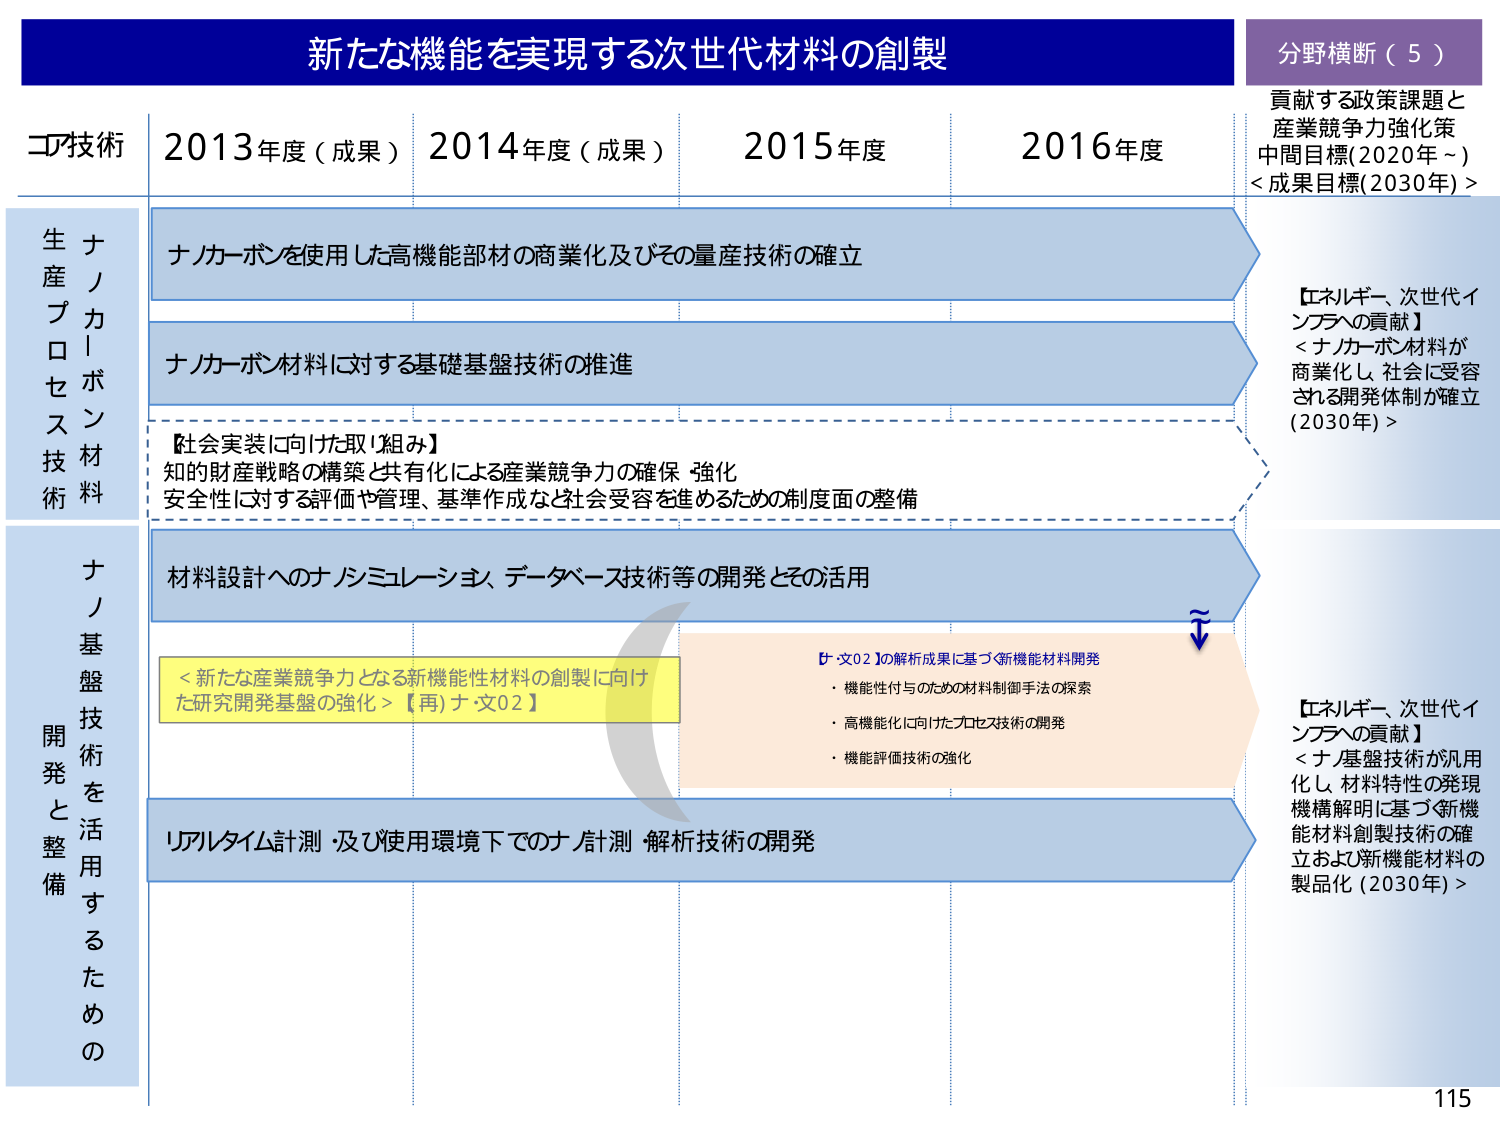
新たな機能を実現する次世代材料の創製

分野横断（5）
貢献する政策課題と
産業競争力強化策
中間目標(2020年～)
<成果目標(2030年)>

コア技術
2013年度（成果） 2014年度（成果） 2015年度 2016年度

生産プロセス技術
ナノカーボン材料
ナノカーボンを使用した高機能部材の商業化及びその量産技術の確立
ナノカーボン材料に対する基礎基盤技術の推進
【社会実装に向けた取り組み】
知的財産戦略の構築と共有化による産業競争力の確保・強化
安全性に対する評価や管理、基準作成など社会受容を進めるための制度面の整備

【エネルギー、次世代インフラへの貢献】
<ナノカーボン材料が商業化し、社会に受容される開発体制が確立(2030年)>

ナノ基盤技術を活用するための
開発と整備
材料設計へのナノシミュレーション、データベース技術等の開発とその活用
<新たな産業競争力となる新機能性材料の創製に向けた研究開発基盤の強化>【再）ナ・文02】
ナ・文02の解析成果に基づく新機能材料開発
・機能性付与のための材料制御手法の探索
・高機能化に向けたプロセス技術の開発
・機能評価技術の強化
リアルタイム計測・及び使用環境下でのナノ計測・解析技術の開発

【エネルギー、次世代インフラへの貢献】
<ナノ基盤技術が汎用化し、材料特性の発現機構解明に基づく新機能材料創製技術の確立および新機能材料の製品化(2030年)>

115